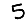
Digit: 5